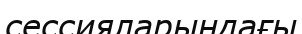
сессияларындағы